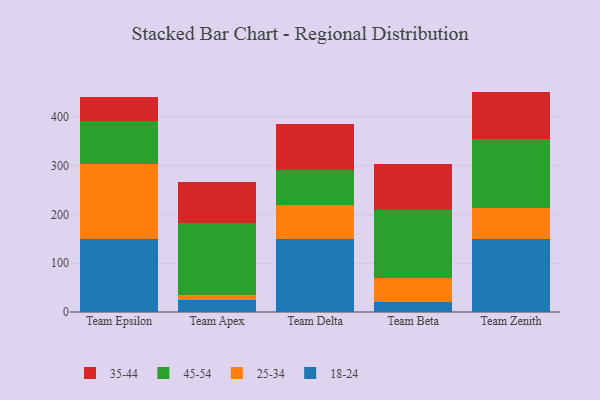
{"axis": {"x": "Team", "y": "Humidity (%)"}, "legend": ["18-24", "25-34", "35-44", "45-54"], "data": [{"x": "Team Epsilon", "y": 150.0, "type": "18-24"}, {"x": "Team Epsilon", "y": 154.4, "type": "25-34"}, {"x": "Team Epsilon", "y": 87.1, "type": "45-54"}, {"x": "Team Epsilon", "y": 49.6, "type": "35-44"}, {"x": "Team Apex", "y": 24.4, "type": "18-24"}, {"x": "Team Apex", "y": 11.5, "type": "25-34"}, {"x": "Team Apex", "y": 146.5, "type": "45-54"}, {"x": "Team Apex", "y": 85.0, "type": "35-44"}, {"x": "Team Delta", "y": 150.1, "type": "18-24"}, {"x": "Team Delta", "y": 68.8, "type": "25-34"}, {"x": "Team Delta", "y": 71.9, "type": "45-54"}, {"x": "Team Delta", "y": 95.3, "type": "35-44"}, {"x": "Team Beta", "y": 21.3, "type": "18-24"}, {"x": "Team Beta", "y": 48.6, "type": "25-34"}, {"x": "Team Beta", "y": 140.4, "type": "45-54"}, {"x": "Team Beta", "y": 93.7, "type": "35-44"}, {"x": "Team Zenith", "y": 149.3, "type": "18-24"}, {"x": "Team Zenith", "y": 64.6, "type": "25-34"}, {"x": "Team Zenith", "y": 141.9, "type": "45-54"}, {"x": "Team Zenith", "y": 96.7, "type": "35-44"}]}